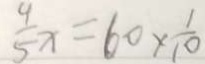
\frac { 4 } { 5 } x = 6 0 \times \frac { 1 } { 1 0 }